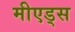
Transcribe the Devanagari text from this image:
मीएड्स